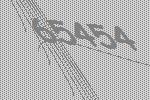
65454